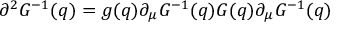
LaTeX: \partial ^ { 2 } G ^ { - 1 } ( q ) = g ( q ) \partial _ { \mu } G ^ { - 1 } ( q ) G ( q ) \partial _ { \mu } G ^ { - 1 } ( q )